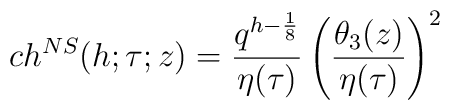
ch^{NS}(h;\tau ;z)={q^{h-{1\over 8}}\over \eta(\tau )}\left({\theta_3(z)\over\eta(\tau )}\right)^2